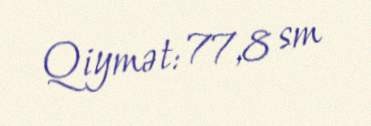
Qiymət: 77,8 sm